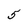
Character: 5